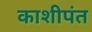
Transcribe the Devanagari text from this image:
काशीपंत